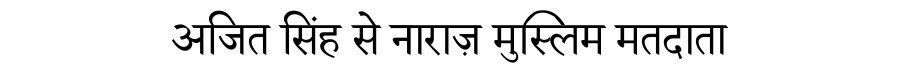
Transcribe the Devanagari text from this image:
अजित सिंह से नाराज़ मुस्लिम मतदाता